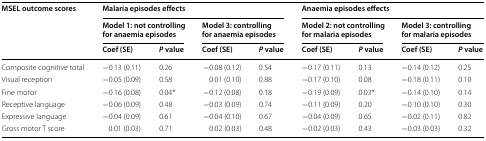
<table><thead><tr><td rowspan="3"><b>MSEL outcome scores</b></td><td colspan="4"><b>Malaria episodes effects</b></td><td colspan="4"><b>Anaemia episodes effects</b></td></tr><tr><td colspan="2"><b>Model 1: not controlling for anaemia episodes</b></td><td colspan="2"><b>Model 3: controlling for anaemia episodes</b></td><td colspan="2"><b>Model 2: not controlling for malaria episodes</b></td><td colspan="2"><b>Model 3: controlling for malaria episodes</b></td></tr><tr><td><b>Coef (SE)</b></td><td><b><i>P</i> value</b></td><td><b>Coef (SE)</b></td><td><b><i>P</i> value</b></td><td><b>Coef (SE)</b></td><td><b><i>P</i> value</b></td><td><b>Coef (SE)</b></td><td><b><i>P</i> value</b></td></tr></thead><tbody><tr><td>Composite cognitive total</td><td>−0.13 (0.11)</td><td>0.26</td><td>−0.08 (0.12)</td><td>0.54</td><td>−0.17 (0.11)</td><td>0.13</td><td>−0.14 (0.12)</td><td>0.25</td></tr><tr><td>Visual reception</td><td>−0.05 (0.09)</td><td>0.58</td><td>0.01 (0.10)</td><td>0.88</td><td>−0.17 (0.10)</td><td>0.08</td><td>−0.18 (0.11)</td><td>0.10</td></tr><tr><td>Fine motor</td><td>−0.16 (0.08)</td><td>0.04*</td><td>−0.12 (0.08)</td><td>0.18</td><td>−0.19 (0.09)</td><td>0.03*</td><td>−0.14 (0.10)</td><td>0.14</td></tr><tr><td>Receptive language</td><td>−0.06 (0.09)</td><td>0.48</td><td>−0.03 (0.09)</td><td>0.74</td><td>−0.11 (0.09)</td><td>0.20</td><td>−0.10 (0.10)</td><td>0.30</td></tr><tr><td>Expressive language</td><td>−0.04 (0.09)</td><td>0.61</td><td>−0.04 (0.10)</td><td>0.67</td><td>−0.04 (0.09)</td><td>0.65</td><td>−0.02 (0.11)</td><td>0.82</td></tr><tr><td>Gross motor T score</td><td>0.01 (0.03)</td><td>0.71</td><td>0.02 (0.03)</td><td>0.48</td><td>−0.02 (0.03)</td><td>0.43</td><td>−0.03 (0.03)</td><td>0.32</td></tr></tbody></table>